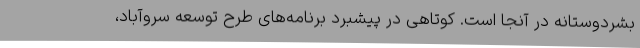
بشردوستانه در آنجا است. کوتاهی در پیشبرد برنامه‌های طرح توسعه سروآباد،